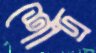
শৌদ্র